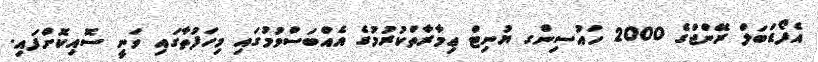
އެފޯޑަބަލް ރޭންޖްގެ 2000 ހައުސިންގ ޔުނިޓް ޢިމާރާތްކުރުމުގެ އެއްބަސްވުމުގައި މިހަފުތާގައި ވަނީ ސޮއިކޮށްފައި.